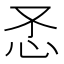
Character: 𰑀